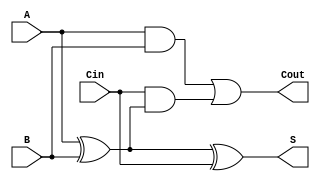
module async_full_adder (
    input wire A,     // First input bit
    input wire B,     // Second input bit
    input wire Cin,   // Carry input
    output wire S,    // Sum output
    output wire Cout   // Carry output
);

    // Intermediate signals for the sum and carry calculations
    wire A_xor_B;

    // Calculate Sum (S)
    assign A_xor_B = A ^ B; // A XOR B
    assign S = A_xor_B ^ Cin; // S = A XOR B XOR Cin

    // Calculate Carry Out (Cout)
    assign Cout = (A & B) | (Cin & A_xor_B); // Cout = (A AND B) OR (Cin AND (A XOR B))

endmodule